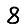
Digit: 8